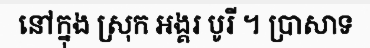
នៅក្នុង ស្រុក អង្គរ បូរី ។ ប្រាសាទ